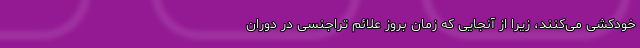
خودکشی می‌کنند، زیرا از آنجایی که زمان بروز علائم تراجنسی در دوران